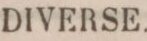
DIVERSE.